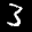
Label: 3